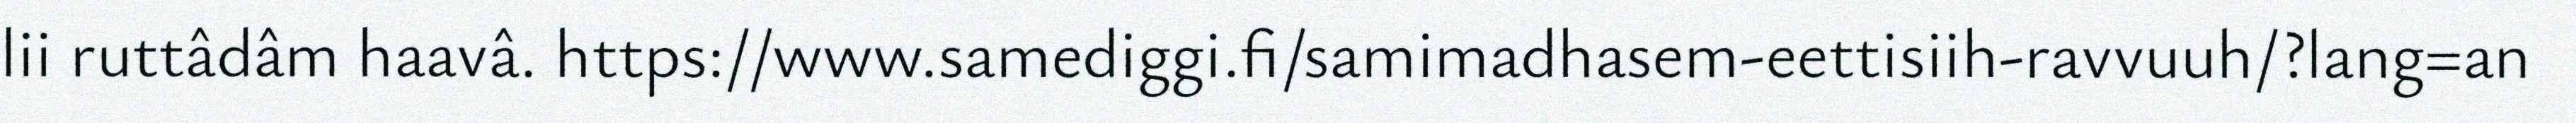
lii ruttâdâm haavâ. https://www.samediggi.fi/samimadhasem-eettisiih-ravvuuh/?lang=an